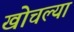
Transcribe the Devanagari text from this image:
खोचल्या